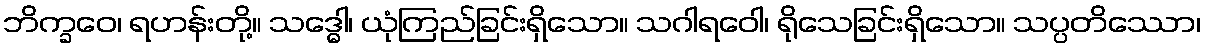
ဘိက္ခဝေ၊ ရဟန်းတို့။ သဒ္ဓေါ၊ ယုံကြည်ခြင်းရှိသော။ သဂါရဝေါ၊ ရိုသေခြင်းရှိသော။ သပ္ပတိဿော၊